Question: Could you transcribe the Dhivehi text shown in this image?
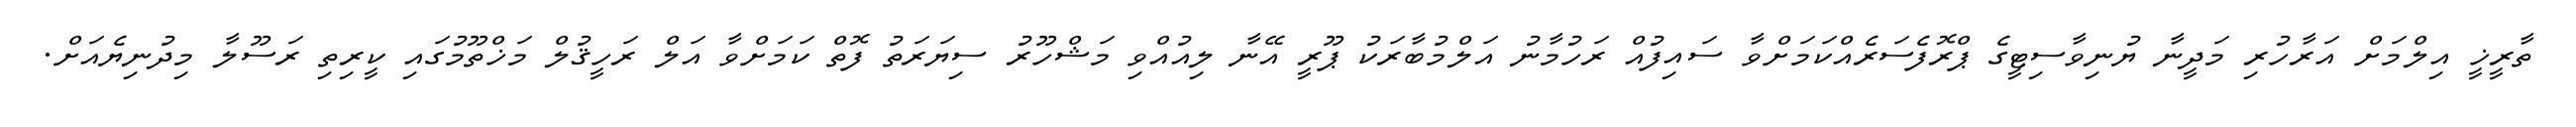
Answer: ތާރީޚީ އިލްމަށް އަރާހުރި މަދީނާ ޔުނިވާސިޓީގެ ޕްރޮފެސަރެއްކަމަށްވާ ސައިފުއް ރަހުމާނު އަލްމުބާރަކު ޕޫރީ އޭނާ ލިއުއްވި މަޝްހޫރު ސިޔަރަތު ފޮތް ކަމަށްވާ އަލް ރަހީޤުލް މަޚްތޫމުގައި ކީރިތި ރަސޫލާ މިދުނިޔެއަށް.